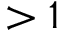
> 1